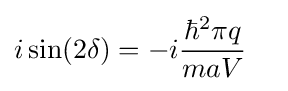
{\begin{aligned}i\sin(2\delta )&=-i{\frac {\hbar ^{2}\pi q}{maV}}\end{aligned}}